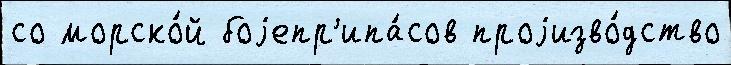
со морско́й боjепр'ипа́сов проjизво́дство